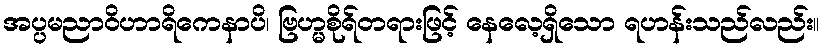
အပ္ပမညာဝိဟာရိကေနာပိ၊ ဗြဟ္မစိုရ်တရားဖြင့် နေလေ့ရှိသော ရဟန်းသည်လည်း။